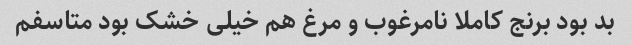
بد بود برنج کاملا نامرغوب و مرغ هم خیلی خشک بود متاسفم